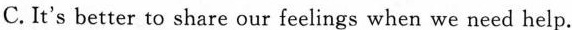
C. It's better to share our feelings when we need help.